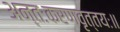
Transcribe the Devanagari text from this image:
अन्तःकरणवृत्तयः॥